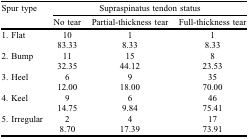
<table><thead><tr><td><b>Spur type</b></td><td colspan="3"><b>Supraspinatus tendon status</b></td></tr><tr><td></td><td><b>No tear</b></td><td><b>Partial-thickness tear</b></td><td><b>Full-thickness tear</b></td></tr></thead><tbody><tr><td>1. Flat</td><td>10</td><td>1</td><td>1</td></tr><tr><td></td><td>83.33</td><td>8.33</td><td>8.33</td></tr><tr><td>2. Bump</td><td>11</td><td>15</td><td>8</td></tr><tr><td></td><td>32.35</td><td>44.12</td><td>23.53</td></tr><tr><td>3. Heel</td><td>6</td><td>9</td><td>35</td></tr><tr><td></td><td>12.00</td><td>18.00</td><td>70.00</td></tr><tr><td>4. Keel</td><td>9</td><td>6</td><td>46</td></tr><tr><td></td><td>14.75</td><td>9.84</td><td>75.41</td></tr><tr><td>5. Irregular</td><td>2</td><td>4</td><td>17</td></tr><tr><td></td><td>8.70</td><td>17.39</td><td>73.91</td></tr></tbody></table>